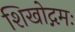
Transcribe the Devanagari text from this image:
शिखोद्गमः